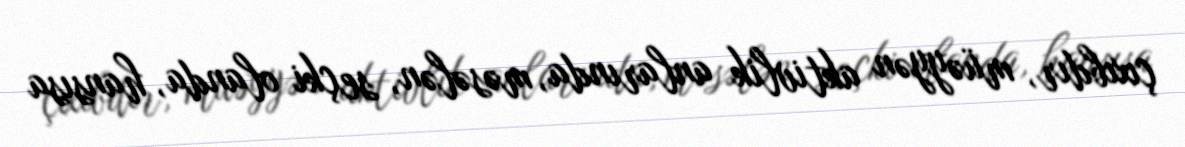
çıxıbdır, müəyyən aktivlik anlarında, məsələn, seçki olanda, hansısa